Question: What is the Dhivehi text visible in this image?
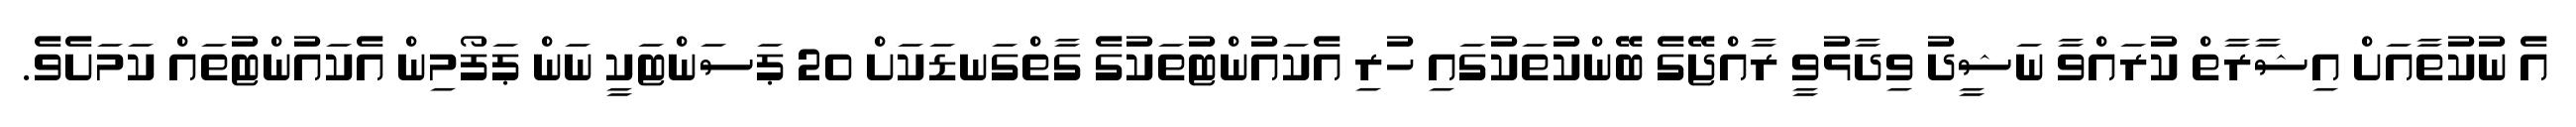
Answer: އެ ނުކުތާއަށް އިޝާރާތް ކުރައްވާ ނަޝީދު ވިދާޅުވީ ރާއްޖޭގެ ބޭންކުތަކުގައި ހުރި އެކައުންޓުތަކުގެ ގާތްގަނޑަކަށް 20 ޕަސަންޓަކީ ނަން ޕަފޯމިން އެކައުންޓުތައް ކަމަށެވެ.